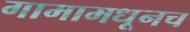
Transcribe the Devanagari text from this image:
गामामधूनच